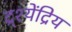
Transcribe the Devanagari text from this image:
द्र्श्येंद्रिय